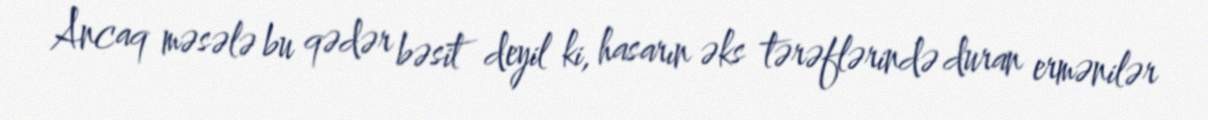
Ancaq məsələ bu qədər bəsit deyil ki, hasarın əks tərəflərində duran ermənilər